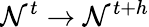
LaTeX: \mathcal{N}^{t}\rightarrow\mathcal{N}^{t{+}h}